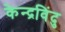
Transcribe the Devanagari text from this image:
केन्द्रविंदु